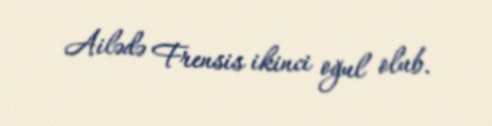
Ailədə Frensis ikinci oğul olub.